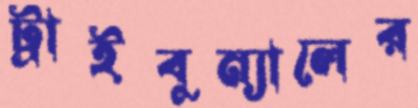
ট্রাইবুন্যালের